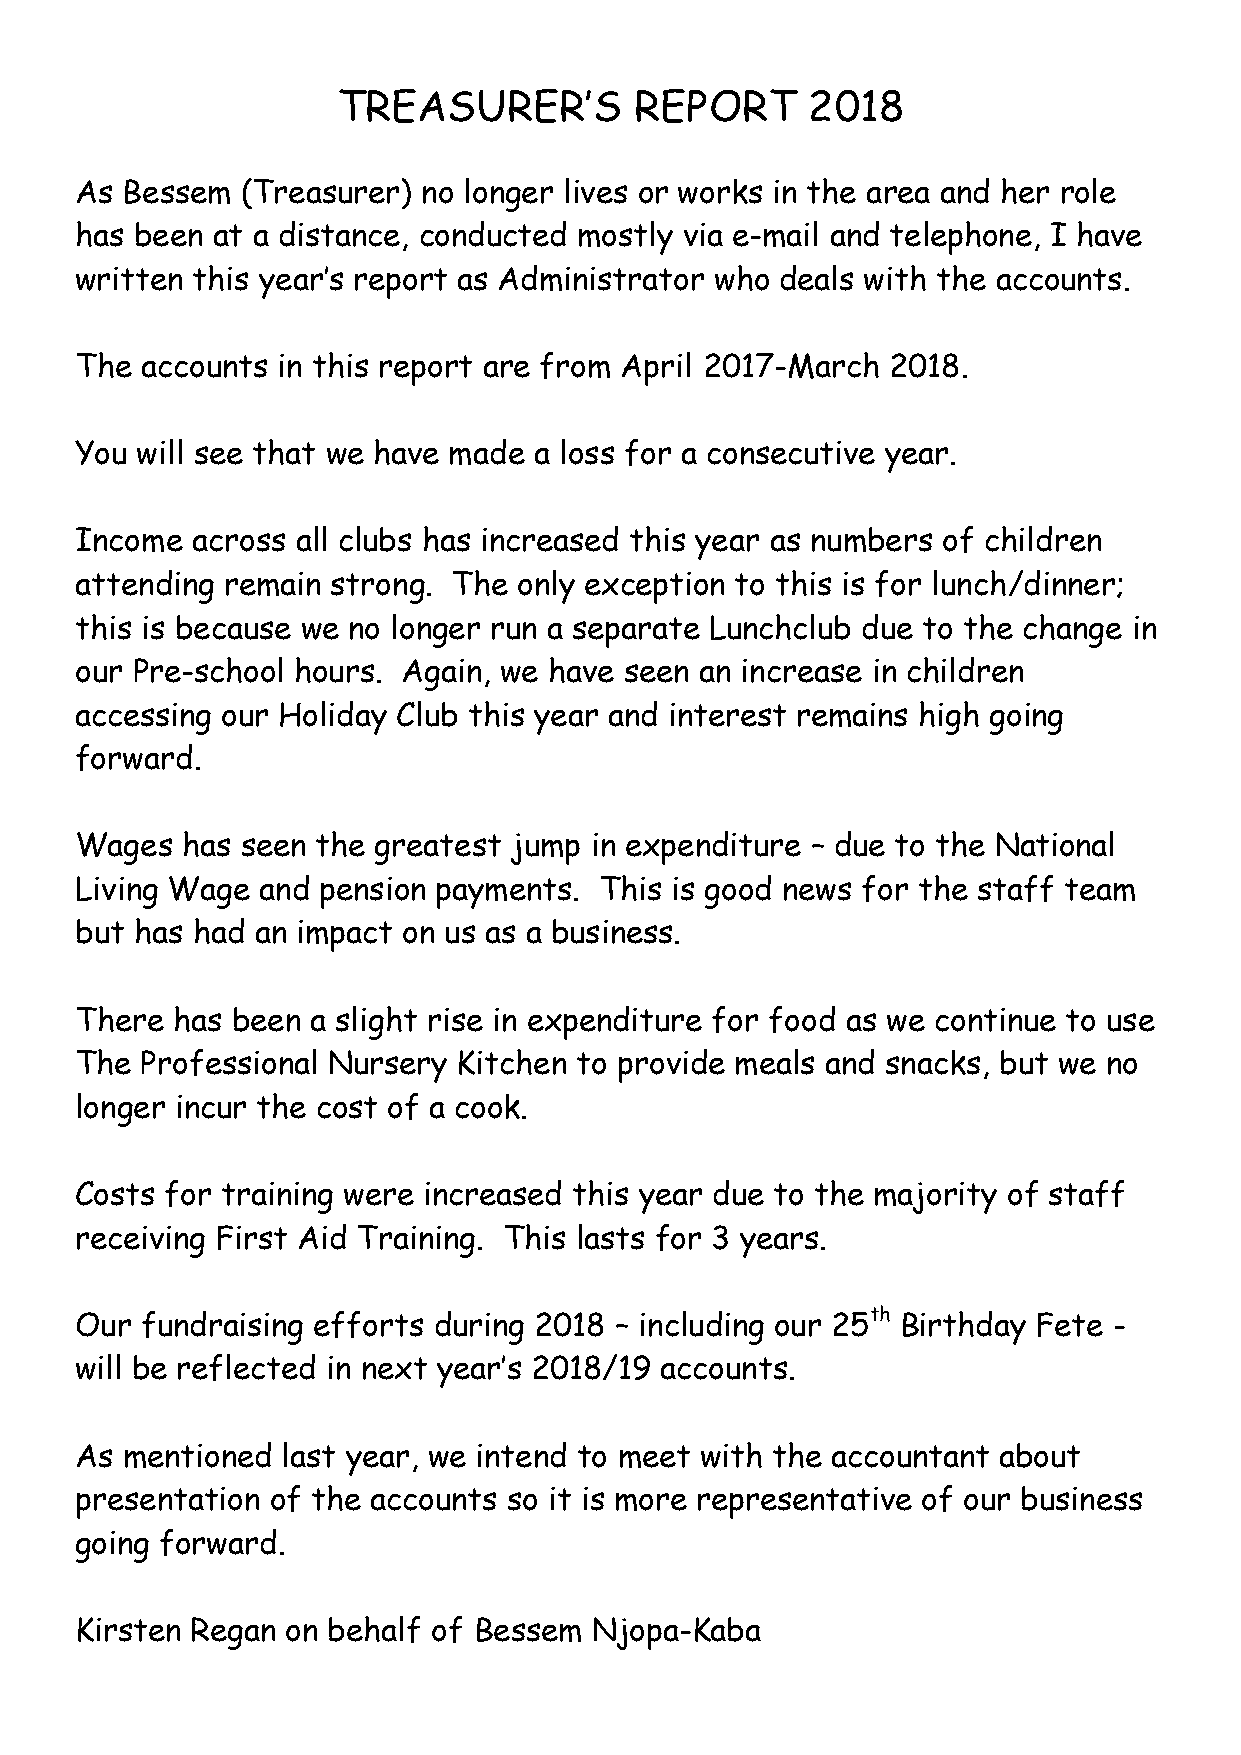
TREASURER’S         REPORT     2018
 As Bessem  (Treasurer) no longer lives or works in the area and her role
 has been at a distance, conducted mostly via e-mail and telephone, I have
 written this year’s report as Administrator who deals with the accounts.
 The accounts in this report are from April 2017-March 2018.
 You will see that we have made a loss for a consecutive year.
 Income  across all clubs has increased this year as numbers of children
 attending remain strong. The only exception to this is for lunch/dinner;
 this is because we no longer run a separate Lunchclub due to the change in
 our Pre-school hours. Again, we have seen an increase in children
 accessing our Holiday Club this year and interest remains high going
 forward.
 Wages  has seen the greatest jump in expenditure – due to the National
 Living Wage and pension payments.  This is good news for the staff team
 but has had an impact on us as a business.
 There has been  a slight rise in expenditure for food as we continue to use
 The Professional Nursery Kitchen to provide meals and snacks, but we no
 longer incur the cost of a cook.
 Costs for training were increased this year due to the majority of staff
 receiving First Aid Training. This lasts for 3 years.
 Our fundraising efforts during 2018 – including our 25th Birthday Fete -
 will be reflected in next year’s 2018/19 accounts.
 As mentioned  last year, we intend to meet with the accountant about
 presentation of the accounts so it is more representative of our business
 going forward.
 Kirsten Regan on behalf of Bessem Njopa-Kaba